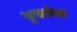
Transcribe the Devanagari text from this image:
बुख्यंचा